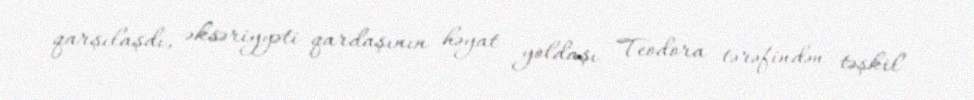
qarşılaşdı, əksəriyyəti qardaşının həyat yoldaşı Teodora tərəfindən təşkil